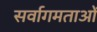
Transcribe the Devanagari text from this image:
सर्वागमताओं